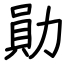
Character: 勛